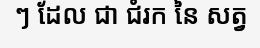
ៗ ដែល ជា ជំរក នៃ សត្វ